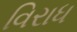
વિરાધ